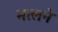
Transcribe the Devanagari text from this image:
मत्लने